Civil Veterinary Dept. Assam report 1911-1927 - 1911-1927
Year: 1911
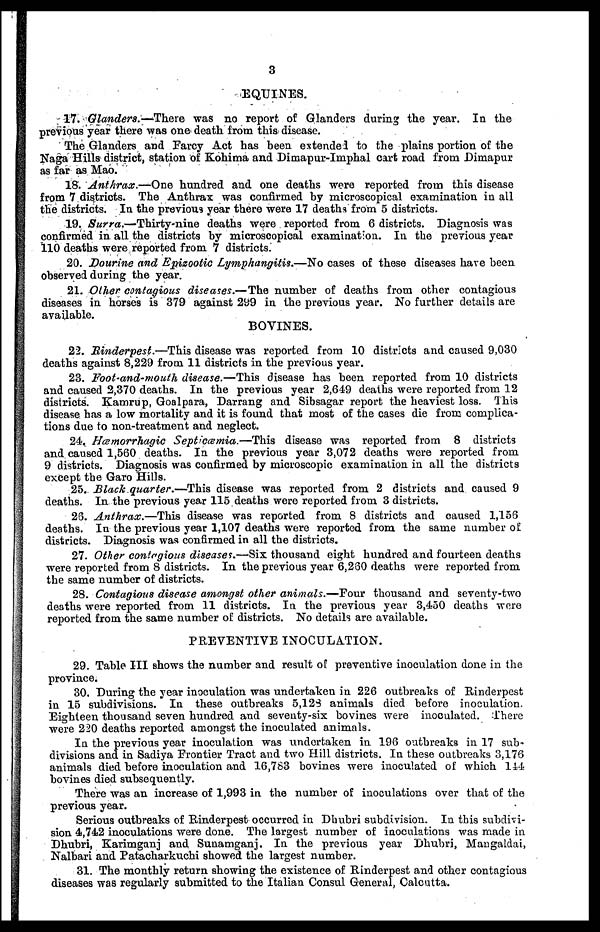
3
EQUINES.
17. Glanders.—There was no report of Glanders during the year. In the
previous year there was one death from this disease.
The Glanders and Farcy Act has been extended to the plains portion of the
Naga Hills district, station of Kohima and Dimapur-Imphal cart road from Dimapur
as far as Mao.
18. Anthrax.—One hundred and one deaths were reported from this disease
from 7 districts. The Anthrax was confirmed by microscopical examination in all
the districts. In the previous year there were 17 deaths from 5 districts.
19. Surra.—Thirty-nine
deaths were reported from 6 districts. Diagnosis was
confirmed in all the districts by microscopical examination. In the previous year
110 deaths were reported from 7 districts.
20. Dourine and Epizootic Lymphangitis.—No cases of these diseases have been
observed during the year.
21. Other contagious diseases.—The number of deaths from other contagious
diseases in horses is 379 against 299 in the previous year. No further details are
available.
BOVINES.
22. Rinderpest.—This disease was reported from 10 districts and caused 9,030
deaths against 8,229 from 11 districts in the previous year.
23. Foot-and-mouth disease.—This disease has been reported from 10 districts
and caused 2,370 deaths. In the previous year 2,649 deaths were reported from 12
districts. Kamrup, Goalpara, Darrang and Sibsagar report the heaviest loss. This
disease has a low mortality and it is found that most of the cases die from complica-
tions due to non-treatment and neglect.
24. Hæmorrhagic Septicæmia.—This disease was reported from 8 districts
and caused 1,560 deaths. In the previous year 3,072 deaths were reported from
9 districts. Diagnosis was confirmed by microscopic examination in all the districts
except the Garo Hills.
25. Black quarter.—This disease was reported from 2 districts and caused 9
deaths. In the previous year 115 deaths were reported from 3 districts.
26. Anthrax.—This disease was reported from 8 districts and caused 1,156
deaths. In the previous year 1,107 deaths were reported from the same number of
districts. Diagnosis was confirmed in all the districts.
27. Other contagious diseases.—Six thousand eight hundred and fourteen deaths
were reported from 8 districts. In the previous year 6,260 deaths were reported from
the same number of districts.
28. Contagious disease amongst other animals.—Four thousand and seventy-two
deaths were reported from 11 districts. In the previous year 3,450 deaths were
reported from the same number of districts. No details are available.
PREVENTIVE INOCULATION.
29. Table III shows the number and result of preventive inoculation done in the
province.
30. During the year inoculation was undertaken in 226 outbreaks of Rinderpest
in 15 subdivisions. In these outbreaks 5,123 animals died before inoculation.
Eighteen thousand seven hundred and seventy-six bovines were inoculated. There
were 220 deaths reported amongst the inoculated animals.
In the previous year inoculation was undertaken in 196 outbreaks in 17 sub-
divisions and in Sadiya Frontier Tract and two Hill districts. In these outbreaks 3,176
animals died before inoculation and 16,783 bovines were inoculated of which 144
bovines died subsequently.
There was an increase of 1,993 in the number of inoculations over that of the
previous year.
Serious outbreaks of Rinderpest occurred in Dhubri subdivision. In this subdivi-
sion 4,742 inoculations were done. The largest number of inoculations was made in
Dhubri, Karimganj and Sunamganj. In the previous year Dhubri, Maugaldai,
Nalbari and Patacharkuchi showed the largest number.
31. The monthly return showing the existence of Rinderpest and other contagious
diseases was regularly submitted to the Italian Consul General, Calcutta.